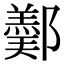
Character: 𨞿